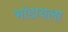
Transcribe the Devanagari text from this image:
भांडायला